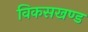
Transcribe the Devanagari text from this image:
विकसखण्ड